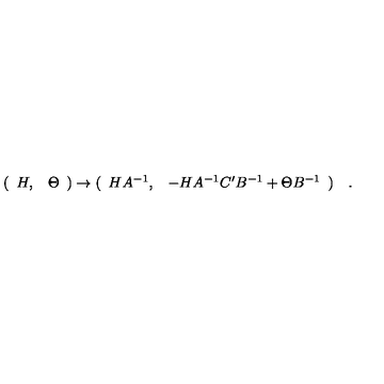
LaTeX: ( \begin{array} { c c } { H , } & { \Theta } \\ \end{array} ) \rightarrow ( \begin{array} { c c } { H A ^ { - 1 } , } & { - H A ^ { - 1 } C ^ { \prime } B ^ { - 1 } + \Theta B ^ { - 1 } } \\ \end{array} ) \quad .